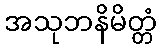
အသုဘနိမိတ္တံ